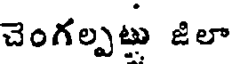
చెంగల్పట్లు జిలా